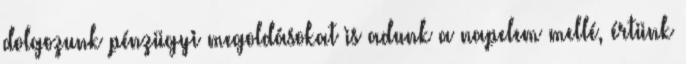
dolgozunk pénzügyi megoldásokat is adunk a napelem mellé, értünk